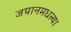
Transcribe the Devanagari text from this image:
जपानमधल्या